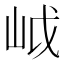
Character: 㞽